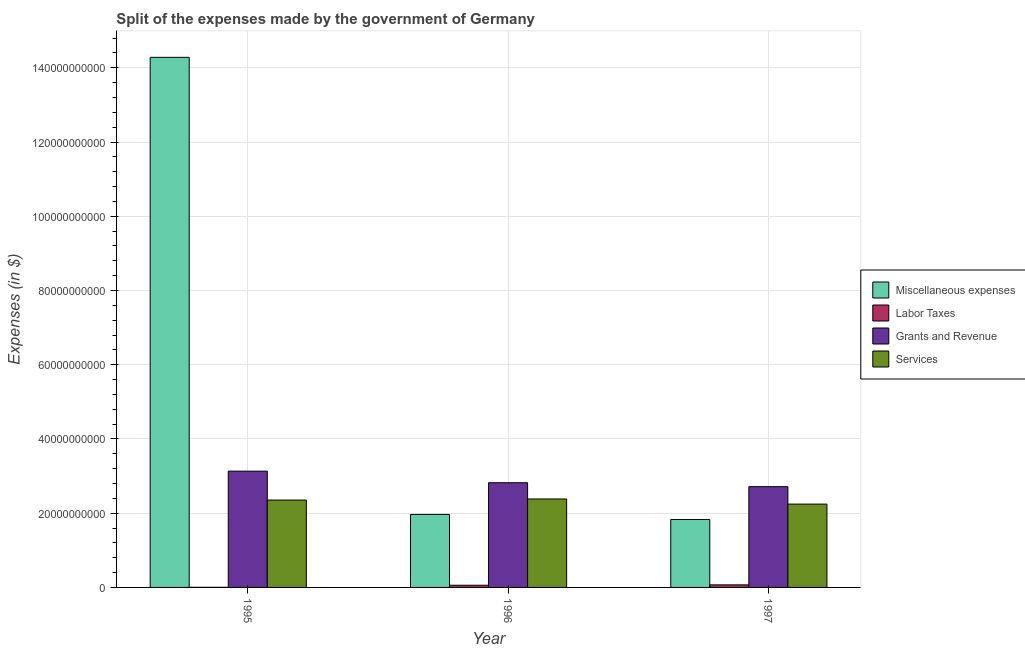
| Year | Miscellaneous expenses | Labor Taxes | Grants and Revenue | Services |
 | --- | --- | --- | --- | --- |
 | 1995 | 1.43e+11 | 3e+07 | 3.13e+10 | 2.35e+10 |
 | 1996 | 1.97e+10 | 5.9e+08 | 2.82e+10 | 2.38e+10 |
 | 1997 | 1.83e+10 | 6.9e+08 | 2.72e+10 | 2.24e+10 |